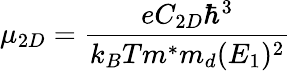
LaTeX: \mu_{2D}=\frac{eC_{2D}\hbar^{3}}{k_{B}Tm^{*}m_{d}(E_{1})^{2}}